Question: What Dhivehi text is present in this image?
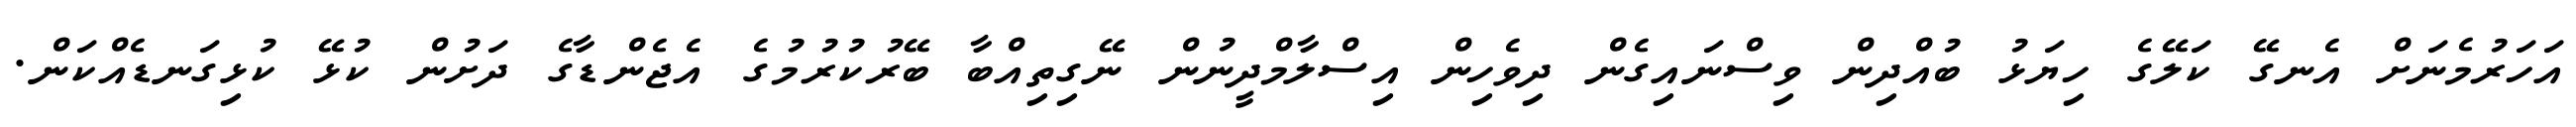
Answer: އަހަރުމެނަށް އެނގޭ ކަލޭގެ ހިޔަޅު ބުއްދިން ވިސްނައިގެން ދިވެހިން އިސްލާމްދީނުން ނޭގިތިއްބާ ބޭރުކުރުމުގެ އެޖެންޑާގެ ދަށުން ކުޅޭ ކުޅިގަނޑެއްކަން.